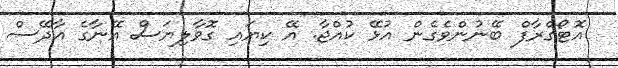
އޮޓޯގްރާފް ބޭނުންވެގެން އުޅޭ ކުއްޖާ. އޭ ކިޔައި ގޮވާލިޔަސް އޭނާގެ އާދޭސް